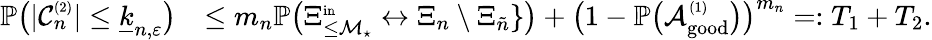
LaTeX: \begin{array}{rl}{\mathbb{P}\big(|{\mathcal C}_{n}^{\scriptscriptstyle(2)}|\le\underline{{k}}_{n,\varepsilon}\big)}&{\le m_{n}\mathbb{P}\big(\Xi_{\le{\mathcal M}_{\star}}^{\scriptscriptstyle\mathrm{in}}\leftrightarrow\Xi_{n}\setminus\Xi_{\tilde{n}}\} \big)+\big(1-\mathbb{P}\big({\mathcal A}_{\mathrm{good}}^{\scriptscriptstyle(1)}\big)\big)^{m_{n}}=:T_{1}+T_{2}.}\end{array}